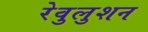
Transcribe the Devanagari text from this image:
रेवुलुशन